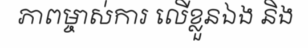
ភាពម្ចាស់ការ លើខ្លួនឯង និង